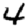
Digit: 4